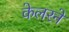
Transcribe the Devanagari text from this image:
केलरने